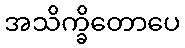
အသိက္ခိတောပေ